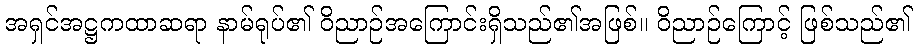
အရှင်အဋ္ဌကထာဆရာ နာမ်ရုပ်၏ ဝိညာဉ်အကြောင်းရှိသည်၏အဖြစ်။ ဝိညာဉ်ကြောင့် ဖြစ်သည်၏